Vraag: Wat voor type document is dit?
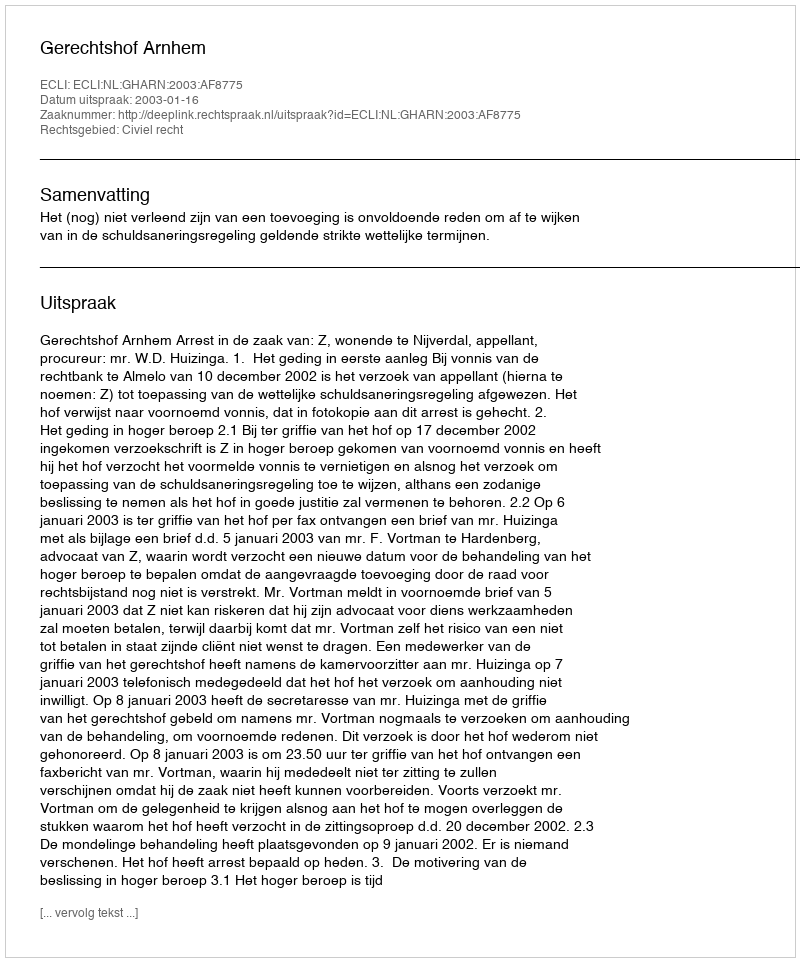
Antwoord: Uitspraak